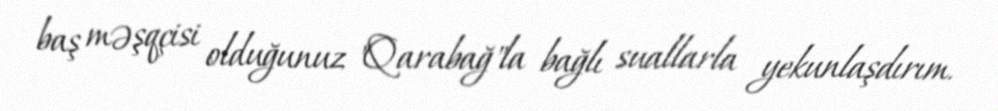
baş məşqçisi olduğunuz "Qarabağ"la bağlı suallarla yekunlaşdırım.